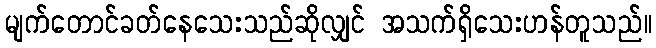
မျက်တောင်ခတ်နေသေးသည်ဆိုလျှင် အသက်ရှိသေးဟန်တူသည်။